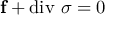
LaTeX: \mathbf { f } + \operatorname { d i v } \, \sigma = 0